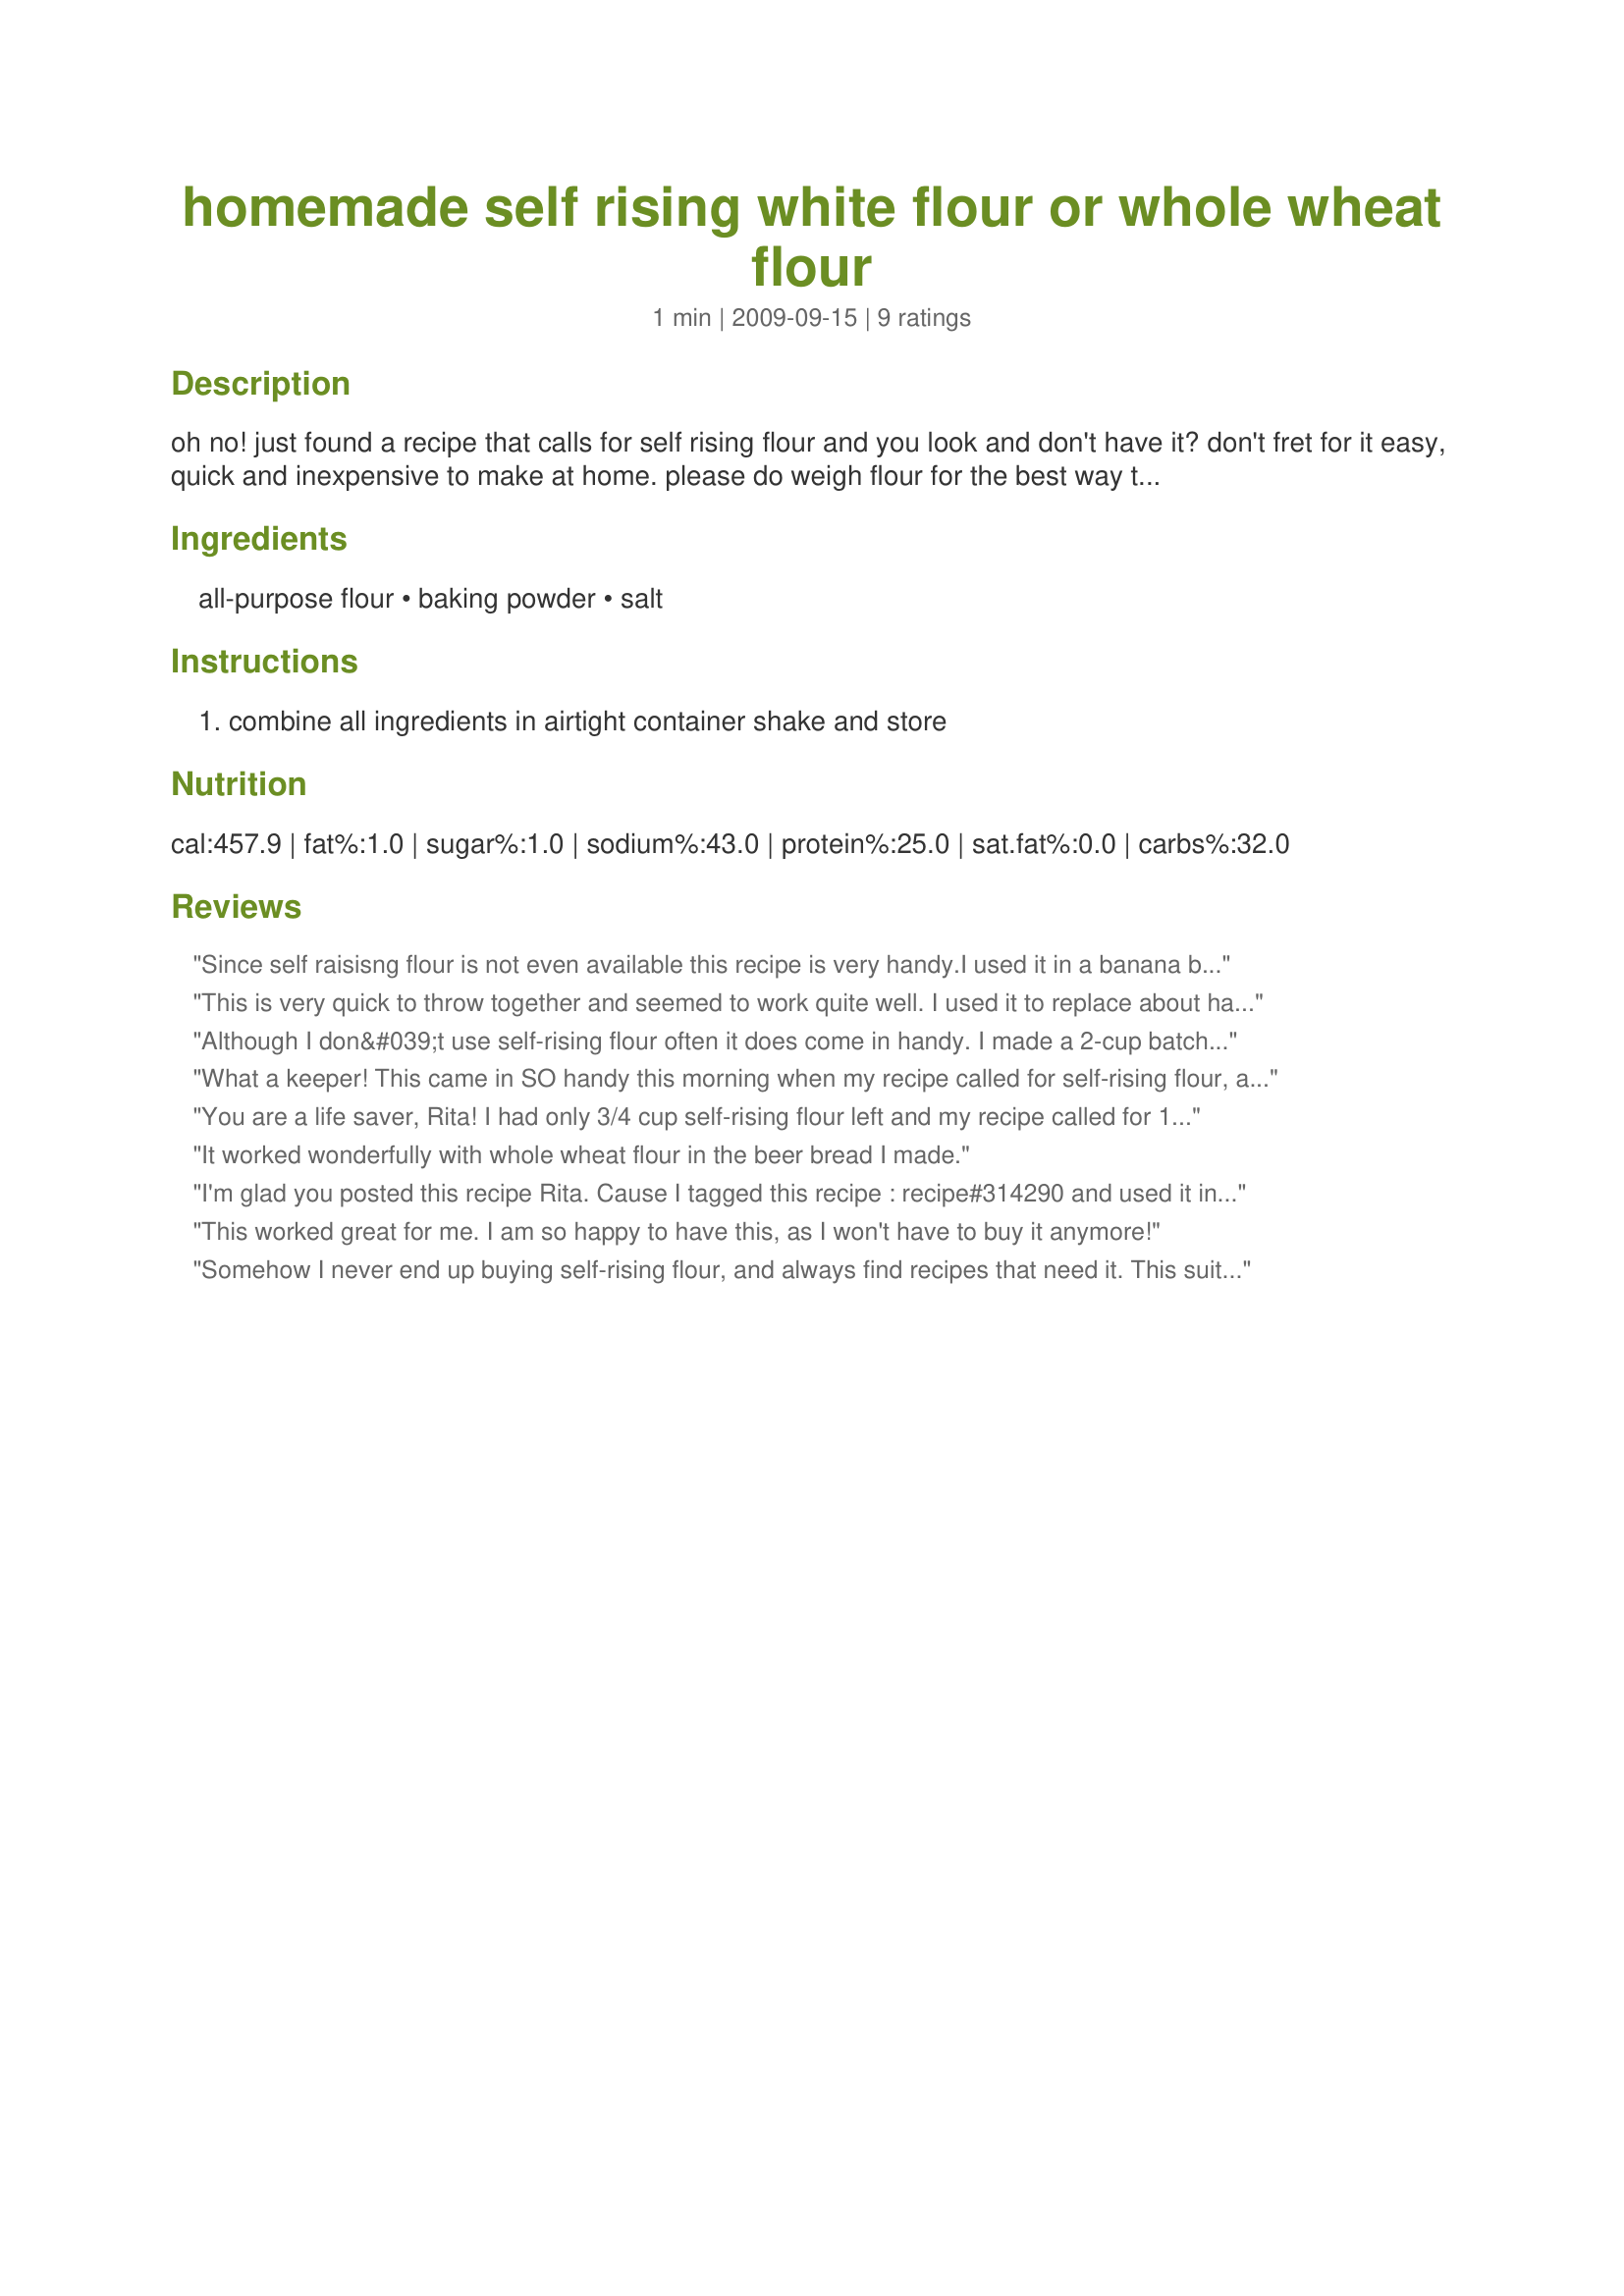
homemade self rising white flour or whole wheat flour
Preparation time: 1 minutes

oh no!
just found a recipe that calls for self rising flour and you look and don't have it? don't fret for it easy, quick and inexpensive to make at home.
please do weigh flour for the best way to get a perfect baked product.
this recipe can be doubled or tripled.

Ingredients:
all-purpose flour, baking powder, salt

Steps:
combine all ingredients in airtight container shake and store

Reviews:
Since self raisisng flour is not even available this recipe is very handy.I used it in a banana bread.
This is very quick to throw together and seemed to work quite well. I used it to replace about half the self-rising flour called for in recipe#337410. I probably won't bother buying self-rising flour in the future. Made for Photo Tag.
Although I don&#039;t use self-rising flour often it does come in handy. I made a 2-cup batch and kept the leftover in the freezer for future cooking projects. Two batches were prepared-one with unbleached white flour and the other with ww flour. Thanks! Reviewed for Veg Tag/March.
What a keeper! This came in SO handy this morning when my recipe called for self-rising flour, and my flour jar was empty! Thanks, Rita!
You are a life saver, Rita! I had only 3/4 cup self-rising flour left and my recipe called for 1 cup. That being said, I made up a couple batches, used what I needed and kept the rest for future baking. THANKS for posting. I used mine in Recipe #337542. Recipenap for Veggie Swap. UPDATE: I have to say that I no longer purchase self-rising flour. . . I ALWAYS use this recipe!!! So simple and it allows me to control the salt, which is very important to my diet for health reasons. Thanks, Rita ;)
It worked wonderfully with whole wheat flour in the beer bread I made.
I'm glad you posted this recipe Rita. Cause I tagged this recipe : recipe#314290 and used it in the recipe. I think it works ;) I used only 1/4 tsp of salt and used all-purpose flour. Thanks Rita :) Made for Cookbook tag game
This worked great for me. I am so happy to have this, as I won't have to buy it anymore!
Somehow I never end up buying self-rising flour, and always find recipes that need it. This suits beautifully. I used it in recipe #397407 and it worked perfectly. Thanks for posting!
